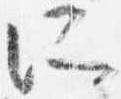
所